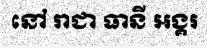
នៅ រាជា ធានី អង្គរ